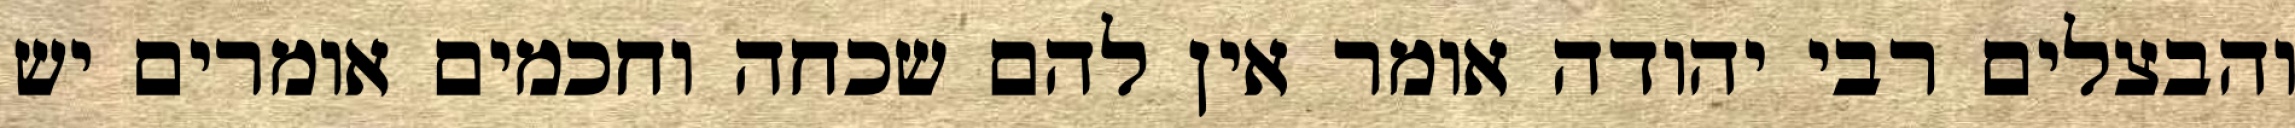
והבצלים רבי יהודה אומר אין להם שכחה וחכמים אומרים יש